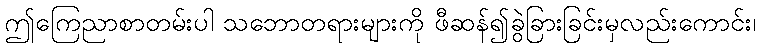
ဤကြေညာစာတမ်းပါ သဘောတရားများကို ဖီဆန်၍ခွဲခြားခြင်းမှလည်းကောင်း၊